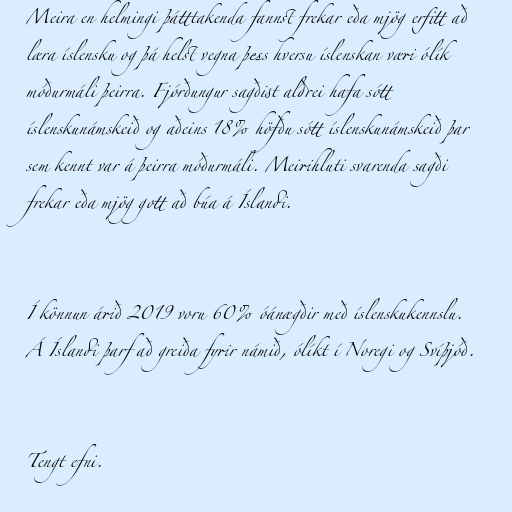
Meira en helm­ingi þátt­tak­enda fannst frek­ar eða mjög erfitt að
læra ís­lensku og þá helst vegna þess hversu ís­lensk­an væri ólík
móður­máli þeirra. Fjórðungur sagðist aldrei hafa sótt
ís­lensku­nám­skeið og aðeins 18% höfðu sótt ís­lensku­nám­skeið þar
sem kennt var á þeirra móður­máli. Meiri­hluti svar­enda sagði
frek­ar eða mjög gott að búa á Íslandi.

Í könnun árið 2019 voru 60% óánægðir með íslenskukennslu.
Á Íslandi þarf að greiða fyrir námið, ólíkt í Noregi og Svíþjóð.

Tengt efni.